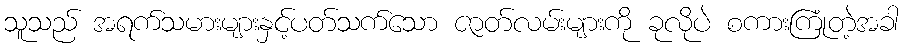
သူသည် အရက်သမားများနှင့်ပတ်သက်သော ဇာတ်လမ်းများကို ခုလိုပဲ စကားကြုံတဲ့အခါ